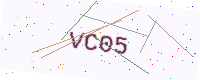
Text: VC05